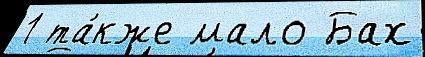
1 та́кже мало Бах